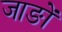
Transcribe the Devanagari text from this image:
जाङों